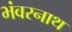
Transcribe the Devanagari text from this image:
भंवरनाथ